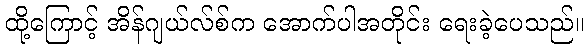
ထို့ကြောင့် အိန်ဂျယ်လ်စ်က အောက်ပါအတိုင်း ရေးခဲ့ပေသည်။